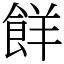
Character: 䬺